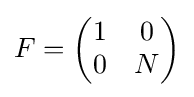
F={\begin{pmatrix}1&0\\0&N\end{pmatrix}}